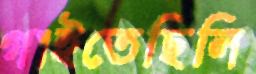
গাইতেছিলি